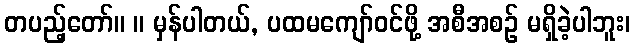
တပည့်တော်။ ။ မှန်ပါတယ်, ပထမကျော်ဝင်ဖို့ အစီအစဉ် မရှိခဲ့ပါဘူး၊